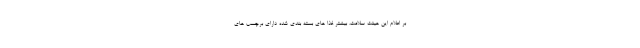
بر اعلام این هیئت سلامت، بیشتر غذا های بسته بندی شده دارای برچسب های